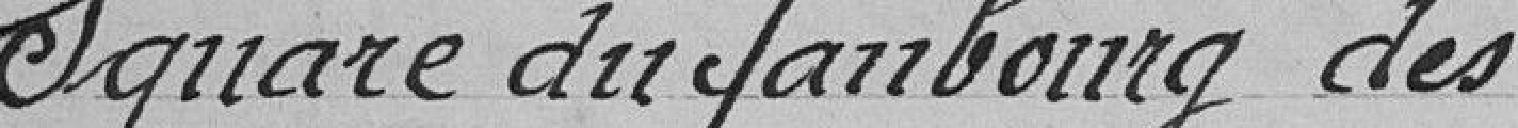
Square du faubourg des